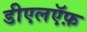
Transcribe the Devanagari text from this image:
डीएलऍफ़